On kala azar, malaria and malarial cachexia - Number 19
Disease focus: Malaria
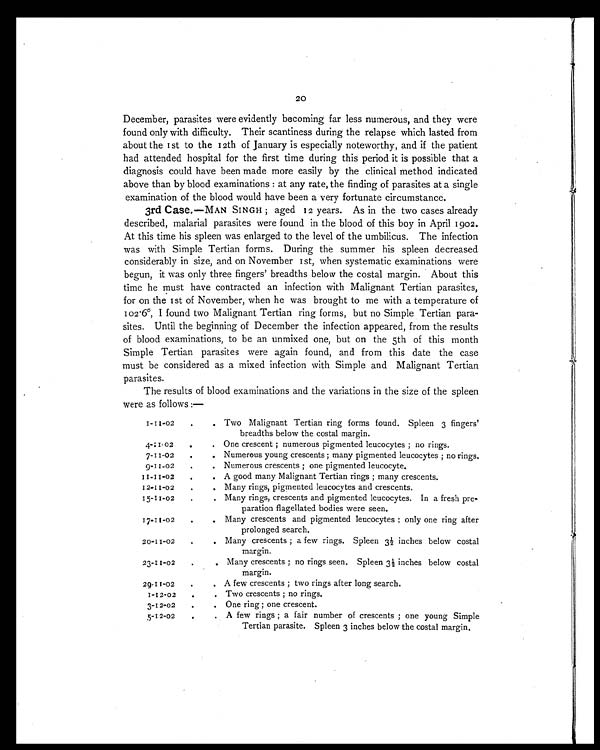
20
December, parasites were evidently becoming far less numerous, and they were
found only with difficulty. Their scantiness during the relapse which lasted from
about the 1st to the 12th of January is especially noteworthy, and if the patient
had attended hospital for the first time during this period it is possible that a
diagnosis could have been made more easily by the clinical method indicated
above than by blood examinations : at any rate, the finding of parasites at a single
examination of the blood would have been a very fortunate circumstance.
3rd Case.—MAN SINGH ; aged 12 years. As in the two cases already
described, malarial parasites were found in the blood of this boy in April 1902.
At this time his spleen was enlarged to the level of the umbilicus. The infection
was with Simple Tertian forms. During the summer his spleen decreased
considerably in size, and on November 1st, when systematic examinations were
begun, it was only three fingers' breadths below the costal margin. About this
time he must have contracted an infection with Malignant Tertian parasites,
for on the 1st of November, when he was brought to me with a temperature of
102.6°. I found two Malignant Tertian ring forms, but no Simple Tertian para-
sites. Until the beginning of December the infection appeared, from the results
of blood examinations, to be an unmixed one, but on the 5th of this month
Simple Tertian parasites were again found, and from this date the case
must be considered as a mixed infection with Simple and Malignant Tertian
parasites.
The results of blood examinations and the variations in the size of the spleen
were as follows :—
1-11-02
.
. Two Malignant Tertian ring forms found. Spleen 3 fingers'
breadths below the costal margin.
4-11.02
.
. One crescent ; numerous pigmented leucocytes ; no rings.
7 - 1 1 - 0 2
.
. Numerous young crescents ; many pigmented leucocytes ; no rings.
9-11 -02
.
. Numerous crescents ; one pigmented leucocyte.
11-11-02
.
. A good many Malignant Tertian rings ; many crescents.
1 2 - 1 1 - 0 2
.
. Many rings, pigmented leucocytes and crescents.
1 5 - 1 1 - 0 2
.
. Many rings, crescents and pigmented leucocytes. In a fresh pre-
paration flagellated bodies were seen.
1 7 - 1 1 - 0 2
.
. Many crescents and pigmented leucocytes ; only one ring after
prolonged search.
2 0 - 1 1 - 0 2
.
. Many crescents ; a few rings. Spleen 3½ inches below costal
margin.
23-11-02
.
. Many crescents ; no rings seen. Spleen 3½ inches below costal
margin.
29-11-02
.
. A few crescents ; two rings after long search.
1-12-02
.
. Two crescents ; no rings.
3 - 1 2 - 0 2
.
. One ring ; one crescent.
5-12-02
.
. A few rings ; a fair number of crescents ; one young Simple
Tertian parasite. Spleen 3 inches below the costal margin.